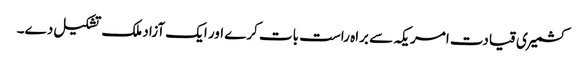
کشمیری قیادت امریکہ سے براہ راست بات کرے اور ایک آزاد ملک تشکیل دے۔